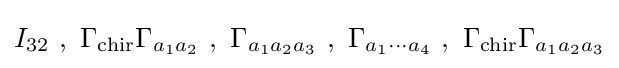
I_{32}~,~\Gamma _{\text{chir}}\Gamma _{a_{1}a_{2}}~,~\Gamma _{a_{1}a_{2}a_{3}}~,~\Gamma _{a_{1}\dotsm a_{4}}~,~\Gamma _{\text{chir}}\Gamma _{a_{1}a_{2}a_{3}}